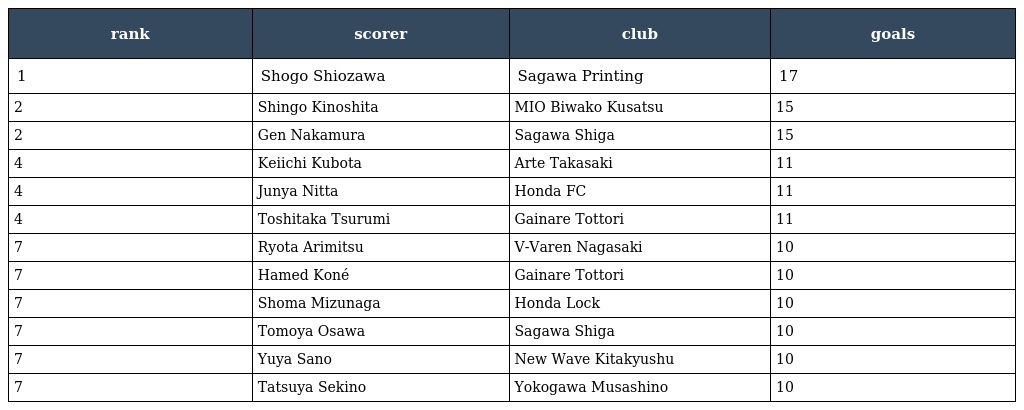
| rank | scorer | club | goals |
 | --- | --- | --- | --- |
 | 1 | Shogo Shiozawa | Sagawa Printing | 17 |
 | 2 | Shingo Kinoshita | MIO Biwako Kusatsu | 15 |
 | 2 | Gen Nakamura | Sagawa Shiga | 15 |
 | 4 | Keiichi Kubota | Arte Takasaki | 11 |
 | 4 | Junya Nitta | Honda FC | 11 |
 | 4 | Toshitaka Tsurumi | Gainare Tottori | 11 |
 | 7 | Ryota Arimitsu | V-Varen Nagasaki | 10 |
 | 7 | Hamed Koné | Gainare Tottori | 10 |
 | 7 | Shoma Mizunaga | Honda Lock | 10 |
 | 7 | Tomoya Osawa | Sagawa Shiga | 10 |
 | 7 | Yuya Sano | New Wave Kitakyushu | 10 |
 | 7 | Tatsuya Sekino | Yokogawa Musashino | 10 |